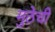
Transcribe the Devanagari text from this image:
मुठेची